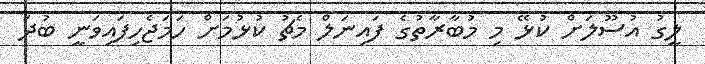
ލީގު އުސޫލަށް ކުޅޭ މި މުބާރާތުގެ ފައިނަލް މެޗު ކުޅުމަށް ހަމަޖެހިފައިވަނީ ބުދަ